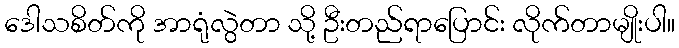
ဒေါသစိတ်ကို အာရုံလွဲတာ သို့ ဦးတည်ရာပြောင်း လိုက်တာမျိုးပါ။